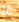
انا